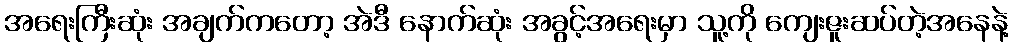
အရေးကြီးဆုံး အချက်ကတော့ အဲဒီ နောက်ဆုံး အခွင့်အရေးမှာ သူ့ကို ကျေးဇူးဆပ်တဲ့အနေနဲ့